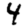
Digit: 4